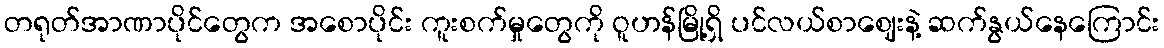
တရုတ်အာဏာပိုင်တွေက အစောပိုင်း ကူးစက်မှုတွေကို ဝူဟန်မြို့ရှိ ပင်လယ်စာဈေးနဲ့ ဆက်နွယ်နေကြောင်း